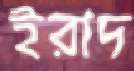
ইরাদ